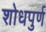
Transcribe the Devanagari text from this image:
शोधपुर्ण